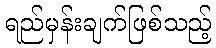
ရည်မှန်းချက်ဖြစ်သည့်